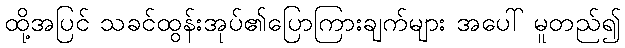
ထို့အပြင် သခင်ထွန်းအုပ်၏ပြောကြားချက်များ အပေါ် မူတည်၍